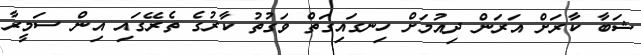
ޝަބާ ކާރަށް އަރަން ދިއުމަށް ހިނގައިގަތް ވަގުތު ކާރުގެ ތެރޭގައި އިން ސަމީރާ